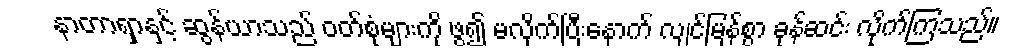
နာတာရှာနှင့် ဆွန်ယာသည် ဝတ်စုံများကို ဖွ၍ မလိုက်ပြီးနောက် လျင်မြန်စွာ ခုန်ဆင်း လိုက်ကြသည်။